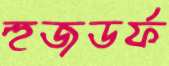
হুজডর্ফ